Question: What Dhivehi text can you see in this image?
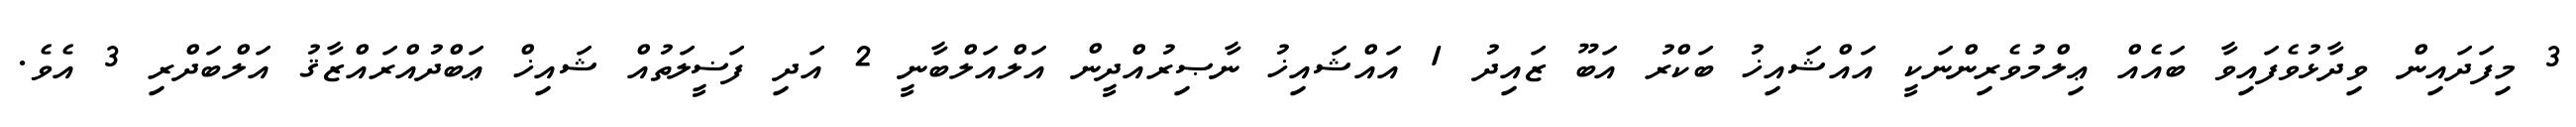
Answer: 3 މިފަދައިން ވިދާޅުވެފައިވާ ބައެއް ޢިލްމުވެރިންނަކީ އައްޝައިޚު ބަކްރު އަބޫ ޒައިދު 1 އައްޝައިޚު ނާޞިރުއްދީން އަލްއަލްބާނީ 2 އަދި ފަޟީލަތުއް ޝައިޚް ޢަބްދުއްރައްޒާޤު އަލްބަދްރި 3 އެވެ.